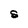
Character: S